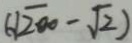
( \sqrt { 2 0 0 } - \sqrt { 2 } )